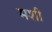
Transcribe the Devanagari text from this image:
मशी